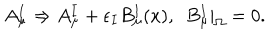
LaTeX: A _ { \mu } ^ { I } \Rightarrow A _ { \mu } ^ { I } + \epsilon _ { I } B _ { \mu } ^ { I } ( x ) , ~ ~ B _ { \mu } ^ { I } | _ { \Omega } = 0 .